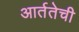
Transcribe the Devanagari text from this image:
आर्ततेची